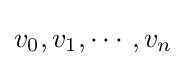
v_{0},v_{1},\cdots ,v_{n}